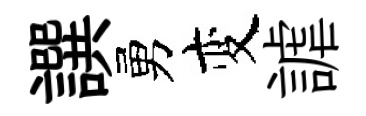
譔勇变謔